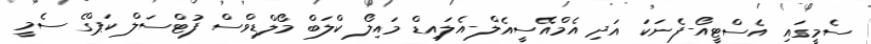
ސެމީގައި އެސްޓީއޯ-ފެނަކަ އަދި އެމްއޭސީއެލް-އެލައިޑް މައިލޯ ކްލަބް މޯލްޑިވްސް ފުޓްސަލް ކަޕްގެ ސެމީ